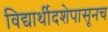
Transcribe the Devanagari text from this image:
विद्यार्थीदशेपासूनच